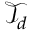
\mathcal { T } _ { d }